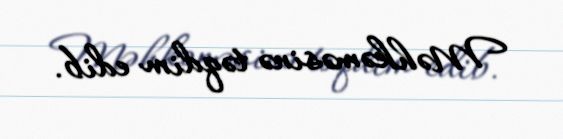
Məhkəməsinə təqdim edib.